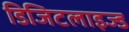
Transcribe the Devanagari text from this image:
डिजिटलाइज्ड